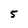
Character: 5